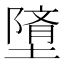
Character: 𲉠